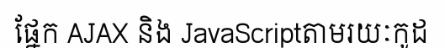
ផ្នែក AJAX និង JavaScriptតាមរយៈកូដ